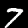
Digit: 7